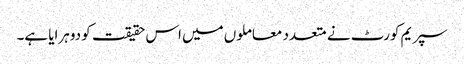
سپریم کورٹ نے متعدد معاملوں میں اس حقیقت کو دوہرایا ہے۔